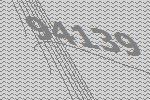
94139